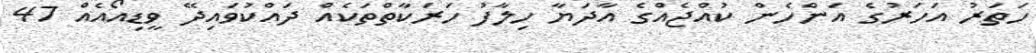
ހަތަރު އަހަރުގެ އަންހެން ކުއްޖެއްގެ އާދަޔާ ހިލާފު ހަރަކާތްތަކެއް ދައްކުވައިދޭ ވީޑިއޯއެއް 47